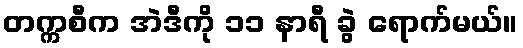
တက္ကစီက အဲဒီကို ၁၁ နာရီ ခွဲ ရောက်မယ်။